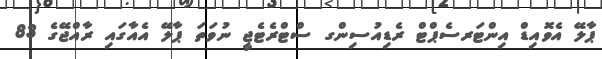
ޕާލޭ އެވޮއިޑް އިންޓަރސެޕްޓް ރެޑިއުސިންގ ސްޓްރެޓެޖީ ނުވަތަ ޕާލޭ އެއާގައި ރާއްޖޭގެ 83